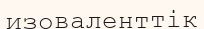
изоваленттік